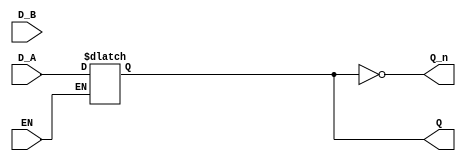
module dual_input_gated_latch (
    input wire D_A,      // Data Input A
    input wire D_B,      // Data Input B
    input wire EN,       // Enable signal
    output reg Q,        // Output Q
    output wire Q_n      // Complement of Q
);

// Complement of Q
assign Q_n = ~Q;

// Always block to implement the latch behavior
always @ (EN or D_A or D_B) begin
    if (EN) begin
        // If EN is high, select the data input
        // Here we can prioritize D_A over D_B
        // You can modify this selection logic as needed
        Q <= D_A; // Change this line to Q <= D_B; if you want to prioritize D_B
    end
    // If EN is low, Q retains its previous value (latch behavior)
end

endmodule